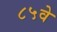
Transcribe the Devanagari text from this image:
८५वे